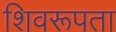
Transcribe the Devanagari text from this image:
शिवरूपता